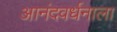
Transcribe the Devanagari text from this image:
आनंदवर्धनाला